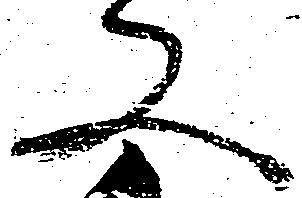
又